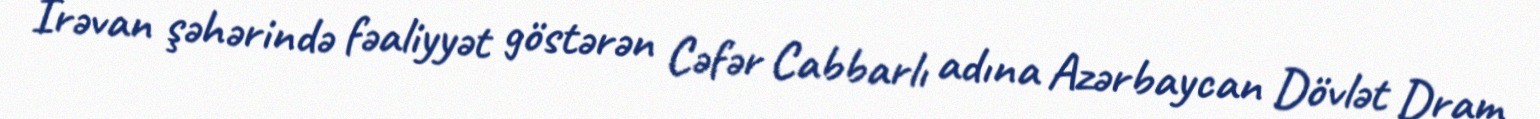
İrəvan şəhərində fəaliyyət göstərən Cəfər Cabbarlı adına Azərbaycan Dövlət Dram